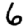
Digit: 6